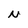
Character: N